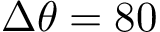
\Delta \theta = 8 0